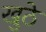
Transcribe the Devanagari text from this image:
खुठे